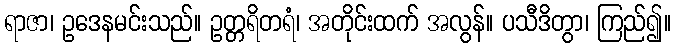
ရာဇာ၊ ဥဒေနမင်းသည်။ ဥတ္တရိတရံ၊ အတိုင်းထက် အလွန်။ ပသီဒိတွာ၊ ကြည်၍။